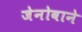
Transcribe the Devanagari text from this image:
जेनोवाने